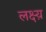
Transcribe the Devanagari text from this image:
लक्ष्य़